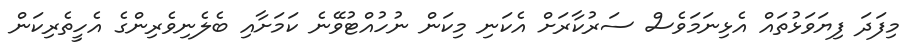
މިފަދަ ފިޔަވަޅުތައް އެޅިނަމަވެސް ސަރުކާރަށް އެކަނި މިކަން ނުހުއްޓުވޭނެ ކަމަށާއި ބެލެނިވެރިންގެ އެހީތެރިކަން